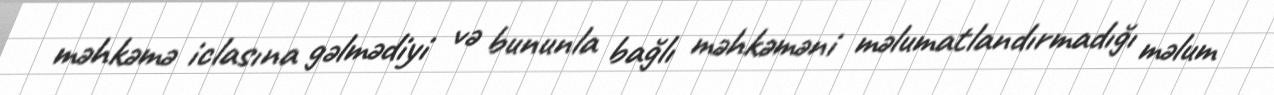
məhkəmə iclasına gəlmədiyi və bununla bağlı məhkəməni məlumatlandırmadığı məlum